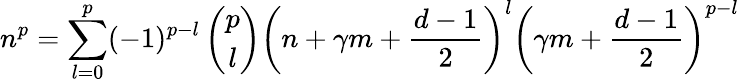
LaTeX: n^{p}=\sum_{l=0}^{p}(-1)^{p-l}\left(\begin{array}{c}{{p}}\\ {{l}}\end{array}\right)\left(n+\gamma m+{\frac{d-1}{2}}\right)^{l}\left(\gamma m+{\frac{d-1}{2}}\right)^{p-l}